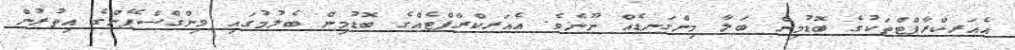
އެއަރކްރާފްޓްތަކުގެ ބޮޑުމިން ބަލާ މިންގަނޑެއް ނޫނެވެ. އެއަރކްރާފްޓެއްގެ ބޮޑުމިން ބެލުމުގައި ވިންގްސްޕޭންގެ އިތުރުން